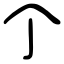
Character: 𠆤